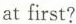
at first?